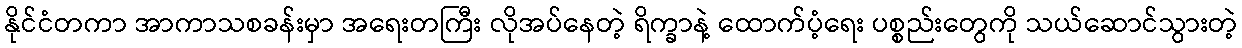
နိုင်ငံတကာ အာကာသစခန်းမှာ အရေးတကြီး လိုအပ်နေတဲ့ ရိက္ခာနဲ့ ထောက်ပံ့ရေး ပစ္စည်းတွေကို သယ်ဆောင်သွားတဲ့